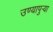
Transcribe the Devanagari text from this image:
उण्यापुर्‍या